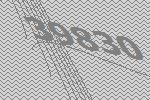
39830